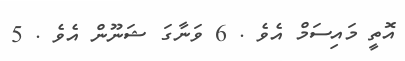
އޮތީ މަައިސަމް އެވެ . 6 ވަނާގަ ޝަނޫން އެވެ . 5